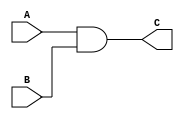
`timescale 1ns / 1ps
//////////////////////////////////////////////////////////////////////////////////
// Company: 
// Engineer: 
// 
// Design Name: 
// Module Name:    TopLevel 
// Project Name: 
// Target Devices: 
// Tool versions: 
// Description: 
//
// Dependencies: 
//
// Revision: 
// Revision 0.01 - File Created
// Additional Comments: 
//
//////////////////////////////////////////////////////////////////////////////////
module TopLevel(A,B,C
    );
	input A, B;
	output C;
	and(C, A, B);

endmodule